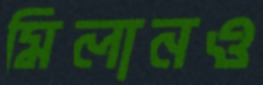
মিলানও